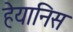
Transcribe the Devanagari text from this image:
हेयानिस